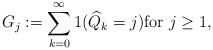
LaTeX: \begin{align*}G_j:= \sum_{k=0}^\infty 1( \widehat{Q}_k = j) \mbox{for}~ j \ge 1,\end{align*}